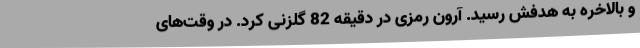
و بالاخره به هدفش رسید. آرون رمزی در دقیقه 82 گلزنی کرد. در وقت‌های